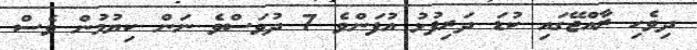
ދިވެހި ރާއްޖޭގައި ކުޑަ ދަރިފުޅު އުފަންވެ 7 ދުވަސްވެ ނަން ކިޔުމުން ވެސް